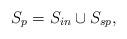
LaTeX: \begin{align*}S_p = S_{in} \cup S_{sp},\end{align*}